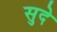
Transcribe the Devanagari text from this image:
सुदे